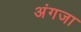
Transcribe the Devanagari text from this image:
अंगजा